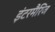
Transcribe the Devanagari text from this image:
इंटरमैरिज